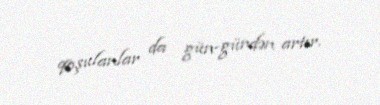
qoşulanlar da gün-gündən artır.